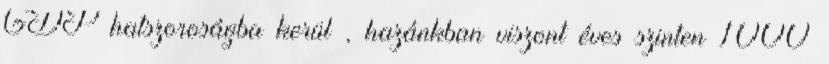
GDP hatszoroságba kerül , hazánkban viszont éves szinten 1000